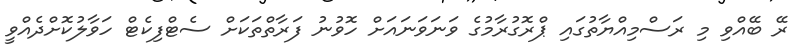
ރޭ ބޭއްވި މި ރަސްމިއްޔާތުގައި ޕްރޮގުރާމުގެ ވަނަވަނައަށް ހޮވުނު ފަރާތްތަކަށް ސެޓްފިކެޓް ހަވާލުކޮށްދެއްވީ